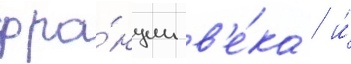
фра́нции в'е́ка / и́